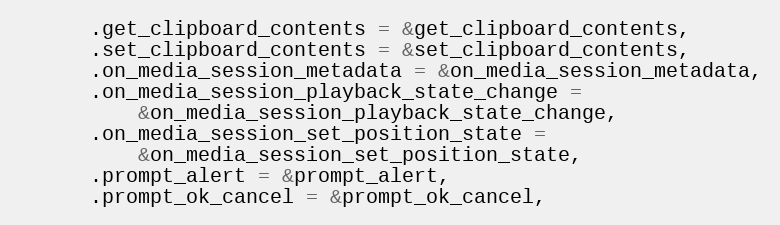
Language: C++
      .get_clipboard_contents = &get_clipboard_contents,
      .set_clipboard_contents = &set_clipboard_contents,
      .on_media_session_metadata = &on_media_session_metadata,
      .on_media_session_playback_state_change =
          &on_media_session_playback_state_change,
      .on_media_session_set_position_state =
          &on_media_session_set_position_state,
      .prompt_alert = &prompt_alert,
      .prompt_ok_cancel = &prompt_ok_cancel,